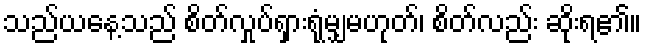
သည်ယနေ့သည် စိတ်လှုပ်ရှားရုံမျှမဟုတ်၊ စိတ်လည်း ဆိုးရ၏။